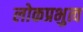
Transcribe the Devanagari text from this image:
लोकप्रभुत्व